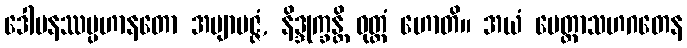
ဒေါမနဿပ္ပဟာနတော အဗျာပဇ္ဇံ, နိဒ္ဒုက္ခန္တိ ဝုတ္တံ ဟောတိ။ အယံ မေတ္တာသဟဂတေန